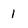
Character: 1